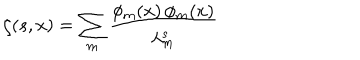
\zeta ( s , x ) = \sum _ { m } \frac { \phi _ { m } ( x ) \, \phi _ { m } ( x ) } { \lambda _ { m } ^ { s } }